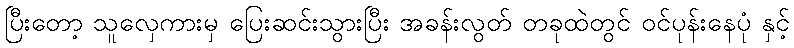
ပြီးတော့ သူလှေကားမှ ပြေးဆင်းသွားပြီး အခန်းလွတ် တခုထဲတွင် ဝင်ပုန်းနေပုံ နှင့်